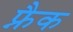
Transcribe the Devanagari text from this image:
फ्नैक